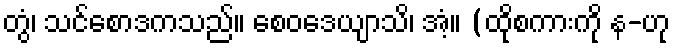
တွံ၊ သင်စောဒကသည်။ စေဝဒေယျာသိ၊ အံ့။ (ထိုစကားကို န-ဟု